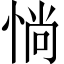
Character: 惝